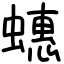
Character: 蟪